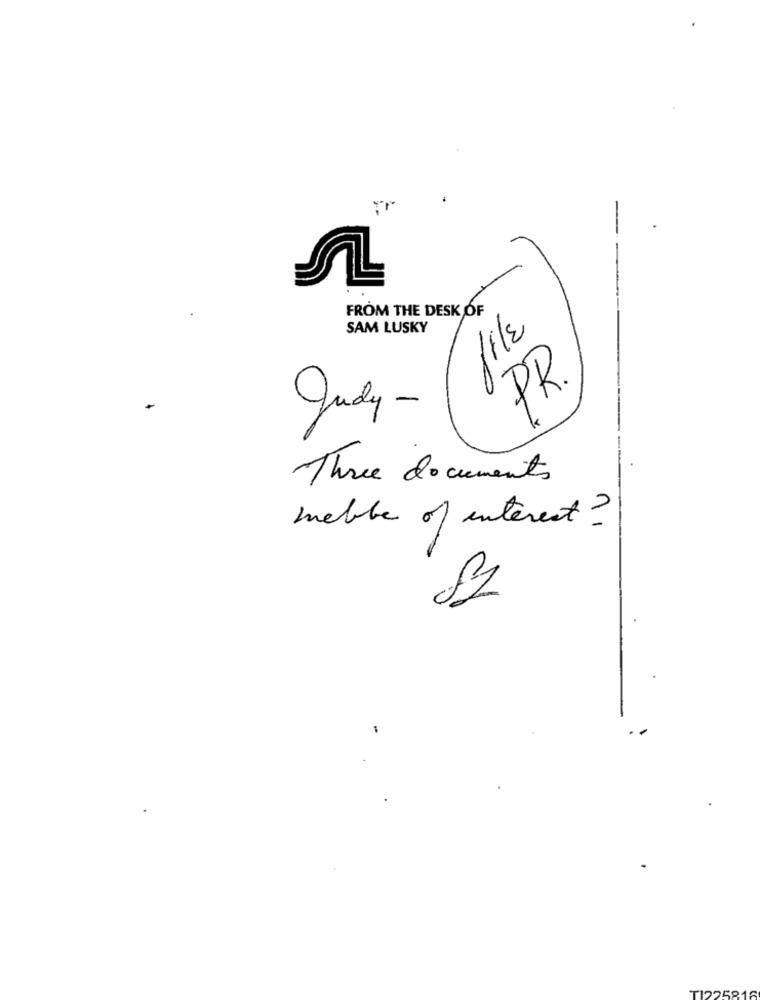
FROM THE DESK OF
SAM LUSKY
PR.
Judy -
Three documents
meble of interest?
81
TI225818